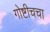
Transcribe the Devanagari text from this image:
गोष्टीचचा